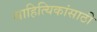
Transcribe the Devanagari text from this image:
साहित्यिकांसाठी